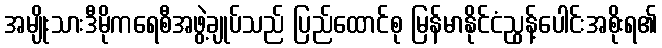
အမျိုးသားဒီမိုကရေစီအဖွဲ့ချုပ်သည် ပြည်ထောင်စု မြန်မာနိုင်ငံညွန့်ပေါင်းအစိုးရ၏